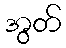
အွတ်